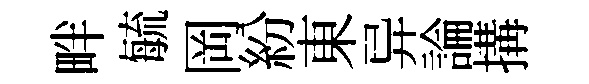
畔毓岡紛東异論搆